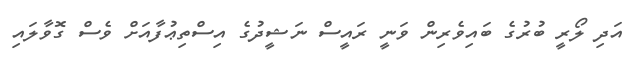
އަދި ލޯރީ ބުރުގެ ބައިވެރިން ވަނީ ރައީސް ނަޝީދުގެ އިސްތިޢުފާއަށް ވެސް ގޮވާލައި